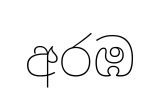
අරඹ